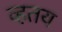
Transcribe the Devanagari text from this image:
व्हतय